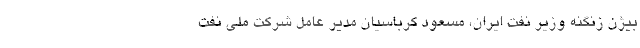
بیژن زنگنه وزیر نفت ایران، مسعود کرباسیان مدیر عامل شرکت ملی نفت